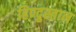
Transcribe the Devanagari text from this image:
हिण्दुस्तान